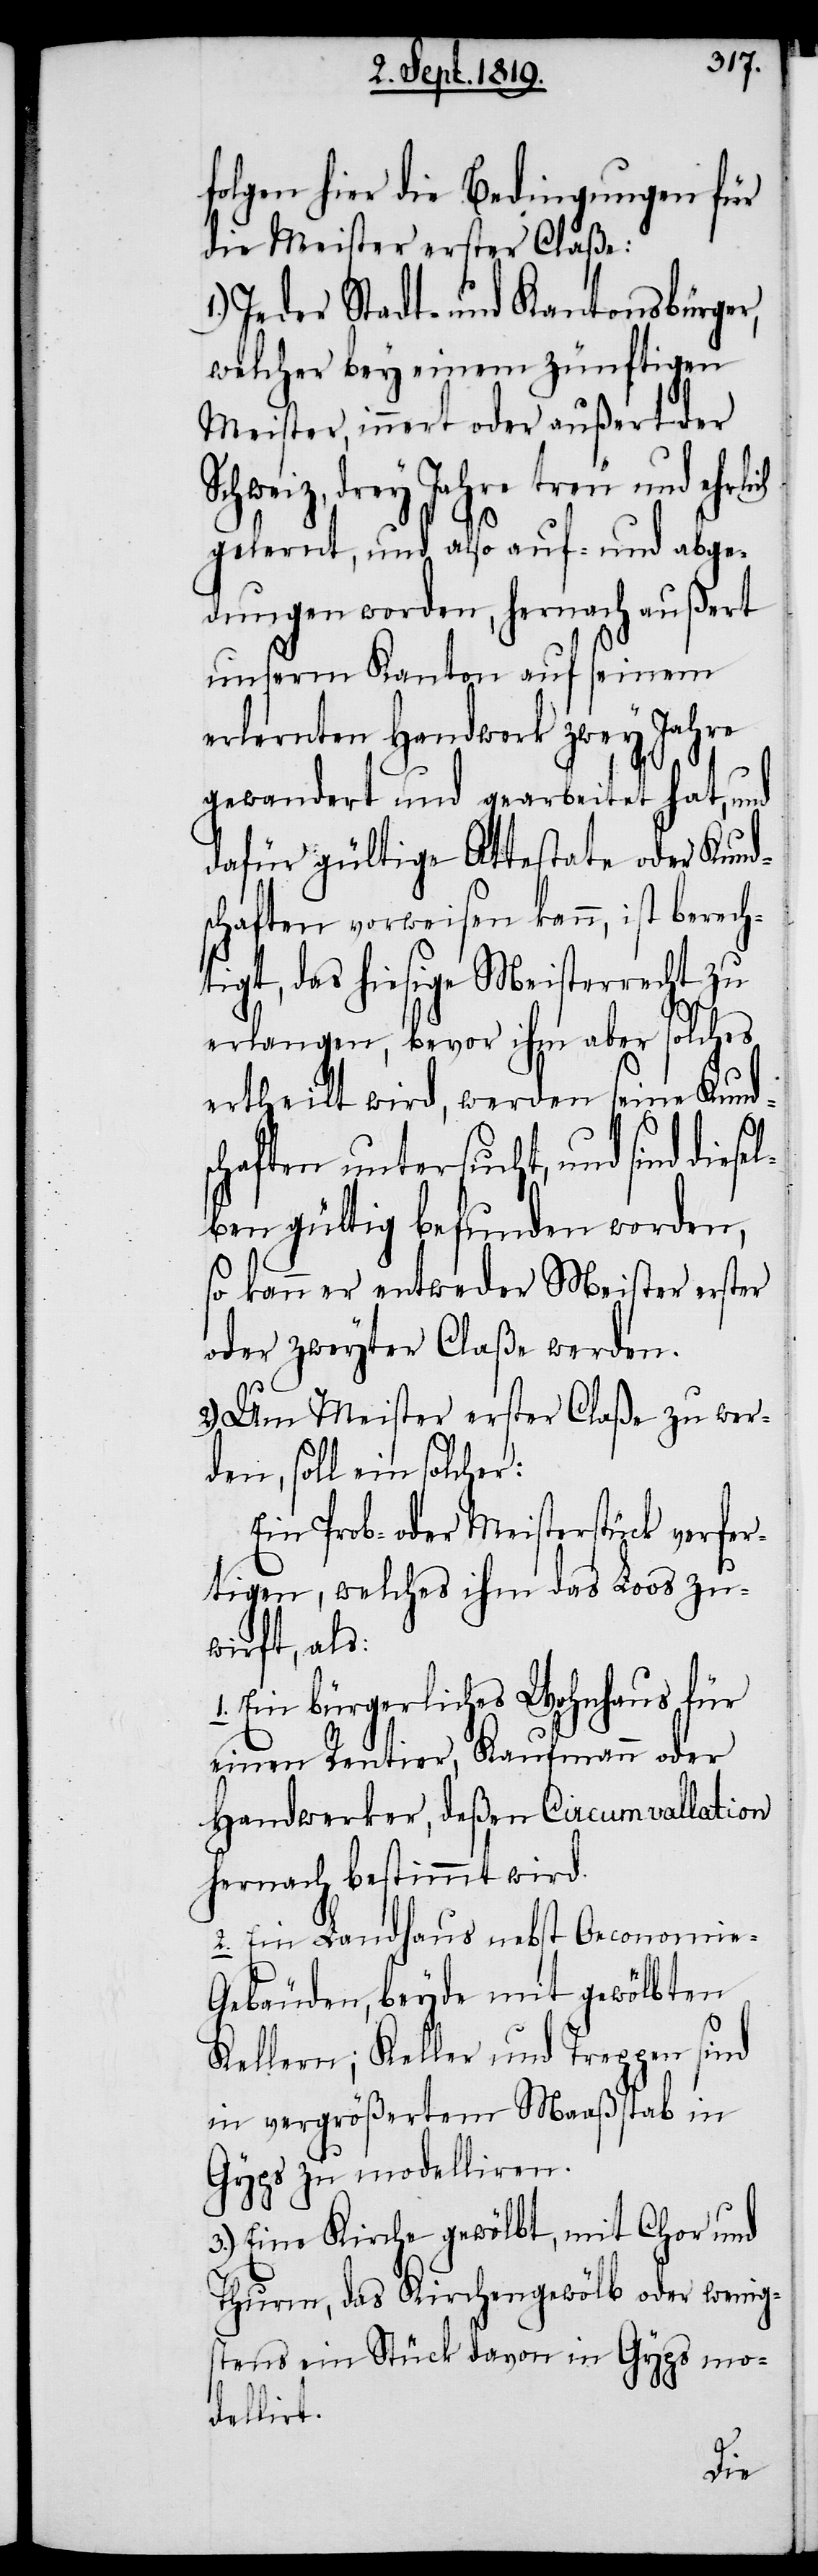
folgen hier die Bedingungen für
die Meister erster Claße:
1.) Jeder Stadt- und Kantonsbürger,
welcher bey einem zünftigen
Meister, innert oder außert der
Schweiz, drey Jahre treu und e¬
gelernt, und also auf- und abge¬
dungen worden, hernach außert
unserm Kanton auf seinem
erlernten Handwerk zwey Jahre
gewandert und gearbeitet hat, und
dafür gültige Attestate oder Kund¬
schaften vorweisen kann, ist berech¬
tigt, das hiesige Meisterrecht zu
erlangen, bevor ihm aber solches
ertheilt wird, werden seine Kunds¬
chaften untersucht, und sind diese¬
lben gültig befunden worden,
so kann er entweder Meister erster
oder zweyter Claße werden.
2.) Um Meister erster Claße zu wer¬
den, soll ein solcher:
Ein Prob- oder Meisterstück verfer¬
tigen, welches ihm das Loos zu¬
wirft, als:
1. Ein bürgerliches Wohnhaus für
einen Rentier, Kaufmann oder
Handwerker, deßen Circumvallation
hernach bestimmt wird.
2. Ein Landhaus nebst Oeconomie-G¬
ebäuden, beyde mit gewölbten
Kellern; Keller und Treppen sind
in vergrößertem Maaßstab in
Gyps zu modelliren.
3.) Eine Kirche gewölbt, mit Chor und
Thurm, das Kirchengewölb oder wenigs¬
tens ein Stück davon in Gyps mo¬
dellirt.